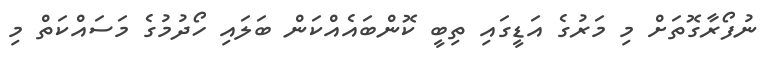
ނުފޯރާގޮތަށް މި މަރުގެ އަޑީގައި ތިބީ ކޮންބައެއްކަން ބަލައި ހޯދުމުގެ މަސައްކަތް މި